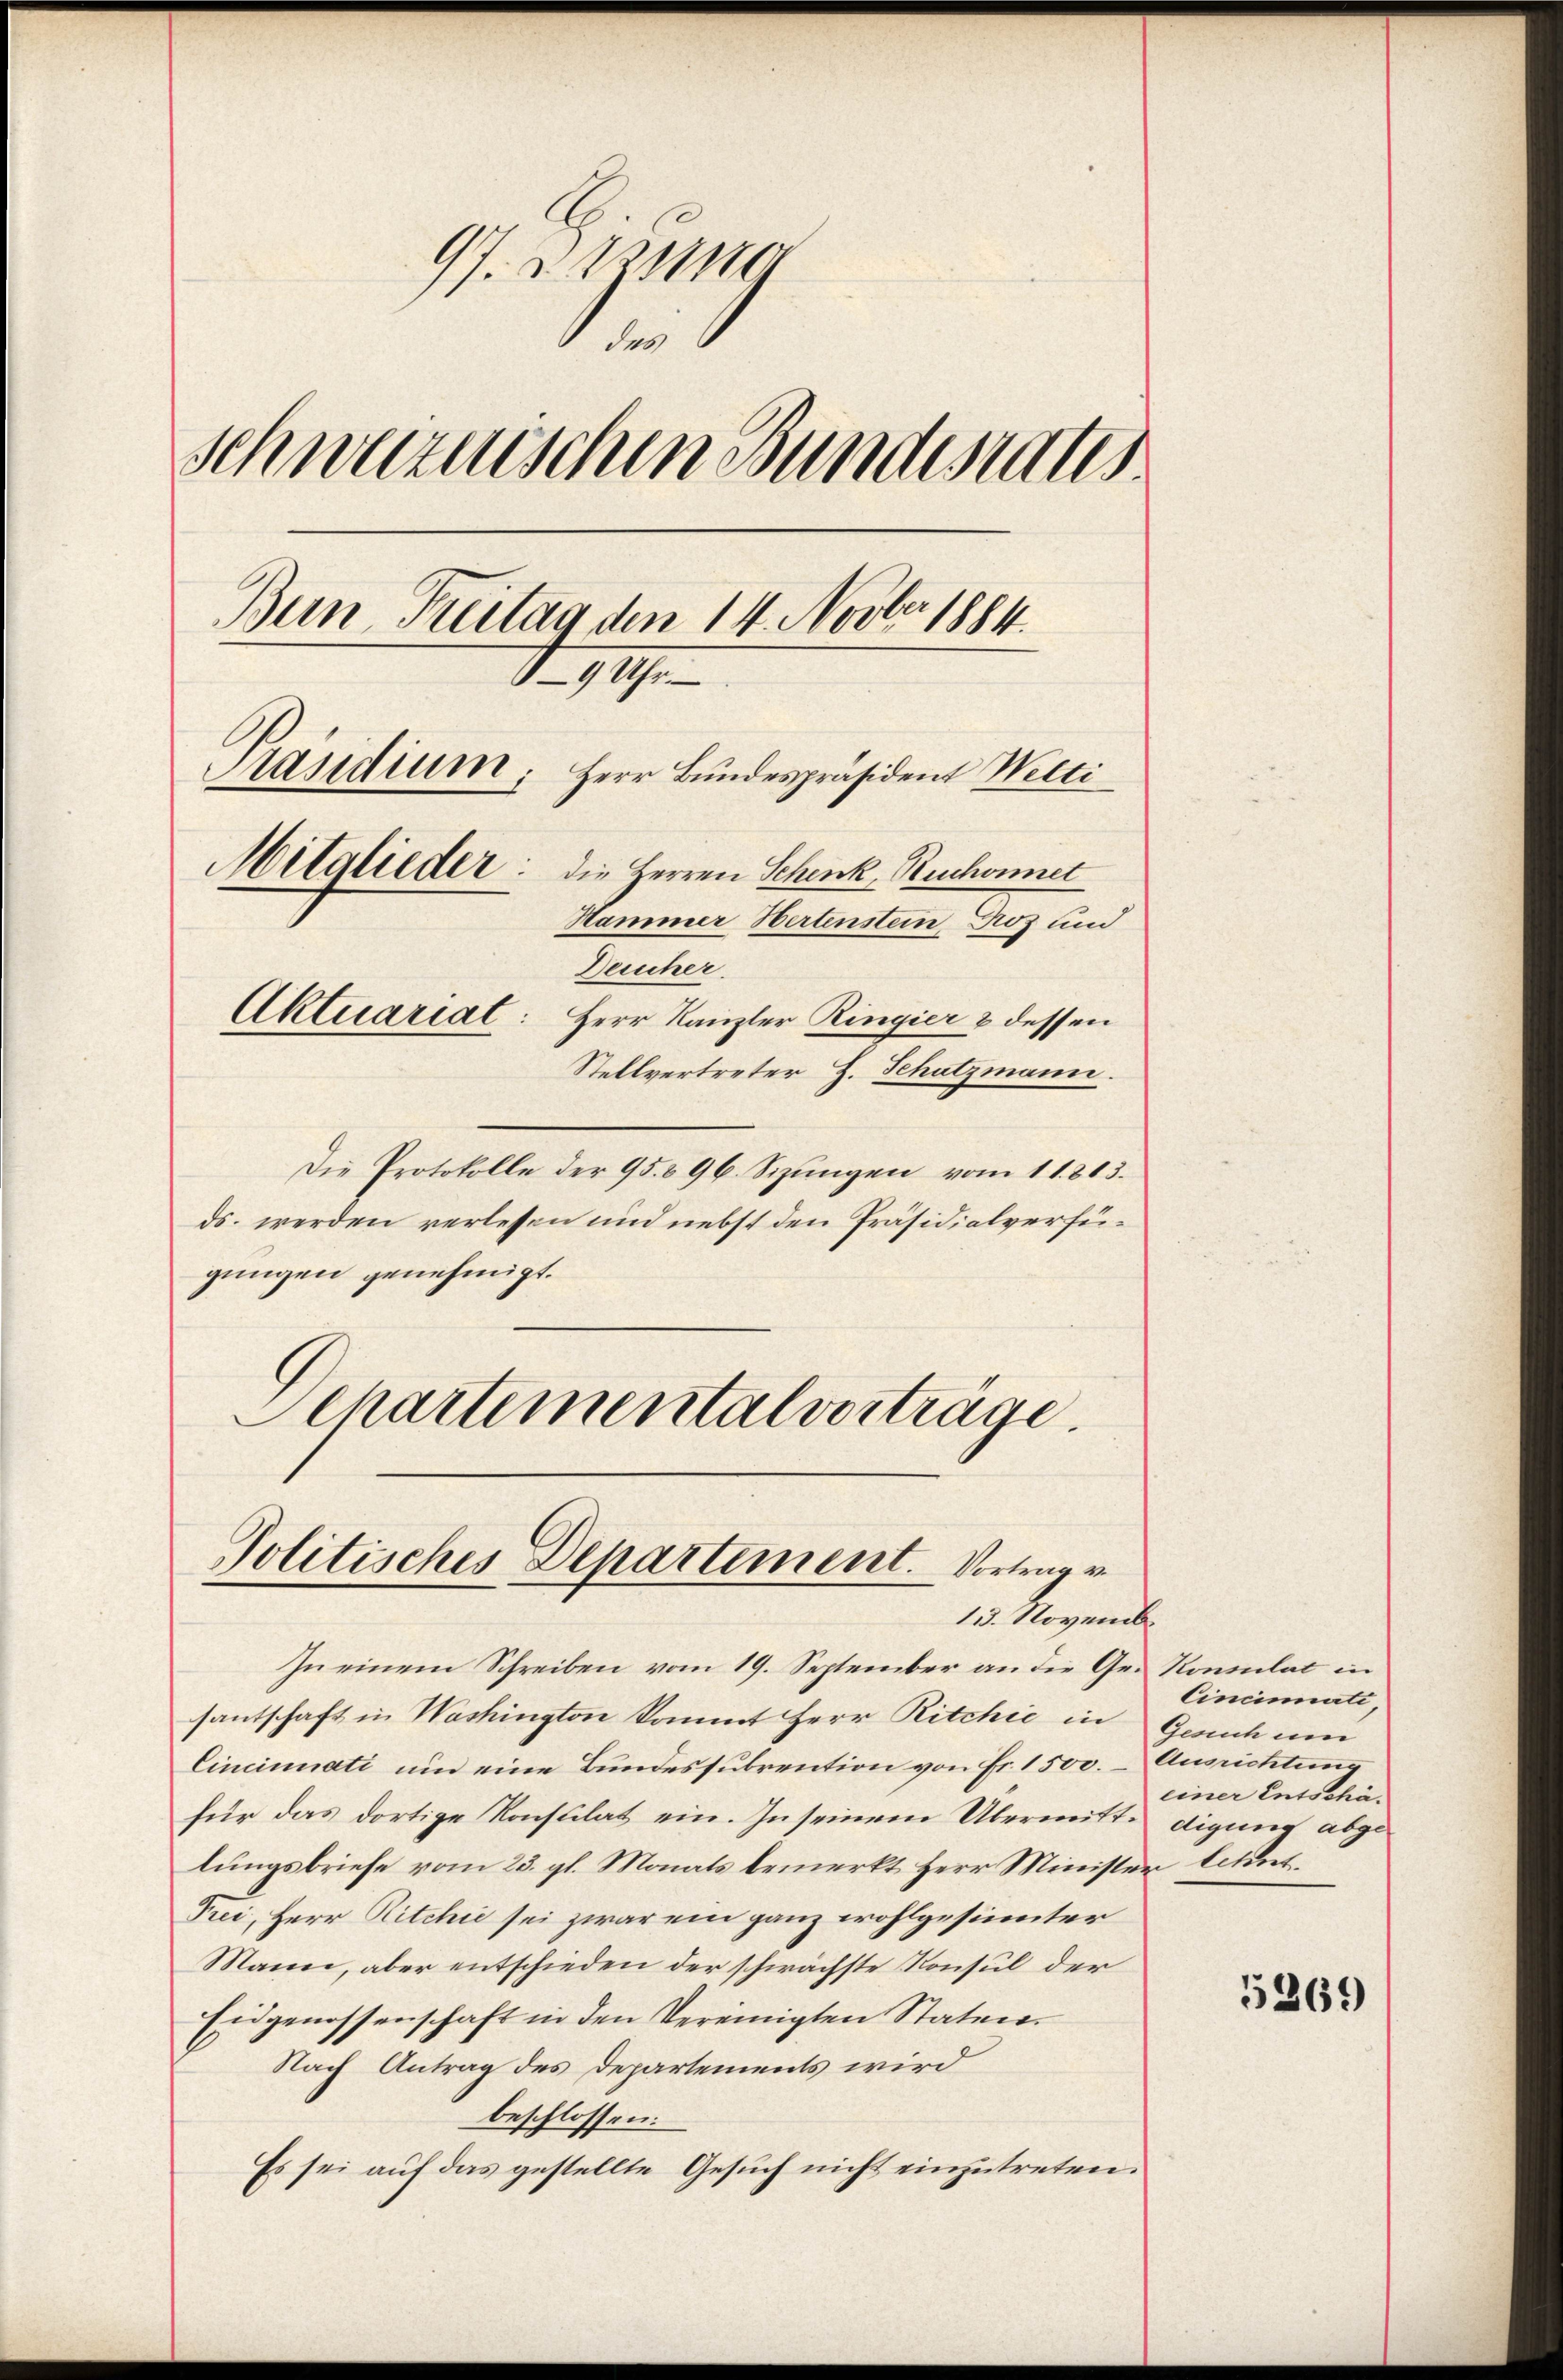
97. zug
1
Schweizerischen Bundesaus
Bun, Treitag den 14. Novbr. 1884.
9 Uhr.
Präsidium, Herr Bundespräsident Wetti
Mitglieder: die Herren Schenk, Ruchonnet
Hammer Hertenstein Proz und
Deucher.
Aktuariat: Herr Kanzler Ringier & dessen
Stellvertreter H. Schutzmann.

Die Protokolle der 95. 396. Sizungen vom 11. 803.
ds. werden verlessen und nebst den Präsidialverfügungen genehmigt.
Schartemental vorträge.

Politisches Departement. Vortrag v
13. Novemb.

In einem Schreiben vom 19. September an die Ge-Konsulat in
santschaft in Washington kommt Herr Ritchić in Gesuch um
Cincinati um eine Bundessubrention von Fr. 1500. – Ausrichtung
für das dortige Konsulat ein. In seinem Übermitte digung abgelungsbriefe vom 23. gl. Monats bemerkt Herr Minister thut.
Frei, Herr Ritchić sei zwar ein ganz wohlgesinnter
Mann, aber entschieden der schwächste Konsul der
Eidgenossenschaft in den Vereinigten Staten.
Nach Antrag des Departements wird
beschlossen:
Es sei auf das gestellte Gesuch nicht einzutreten.

Cincinati
einer Entschä¬

5269